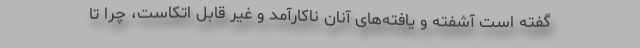
گفته است آشفته و یافته‌های آنان ناکارآمد و غیر قابل اتکاست، چرا تا